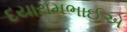
દયારામભાઈએ